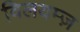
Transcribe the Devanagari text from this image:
विलयम्ज़